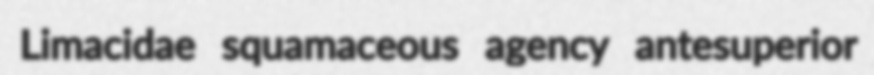
Limacidae squamaceous agency antesuperior